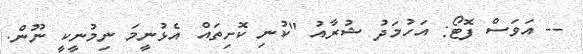
-- އަވަސް ފޮޓޯ: އަހުމަދު ޝުރާއު "ކުނި ކޮށިތައް އެޅުނީމަ ނިމުނީކީ ނޫން.